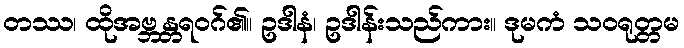
တဿ၊ ထိုအဗ္ဘန္တရဝဂ်၏။ ဥဒါနံ၊ ဥဒါန်းသည်ကား။ ဒုမကံ သဝရုတ္တမ